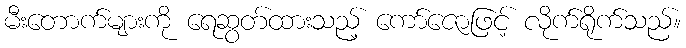
မီးတောက်များကို ရေဆွတ်ထားသည့် ကော်ဇောဖြင့် လိုက်ရိုက်သည်။